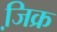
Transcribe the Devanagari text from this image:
जि़क्र